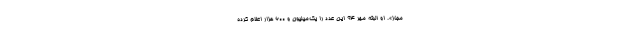
مجاز». او البته مهر ۹۴ این عدد را یک‌میلیون‌ و ۶۰۰ هزار اعلام کرده